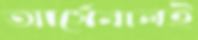
আর্সেনালই